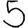
Digit: 5